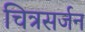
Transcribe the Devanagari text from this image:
चित्रसर्जन